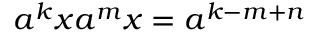
a ^ { k } x a ^ { m } x = a ^ { k - m + n }